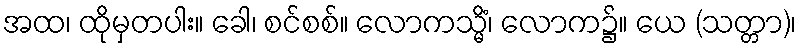
အထ၊ ထိုမှတပါး။ ခေါ၊ စင်စစ်။ လောကသ္မိံ၊ လောက၌။ ယေ (သတ္တာ)၊